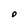
Character: O